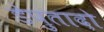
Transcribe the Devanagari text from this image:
डेपुतादो